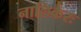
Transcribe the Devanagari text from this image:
नालिकेरः